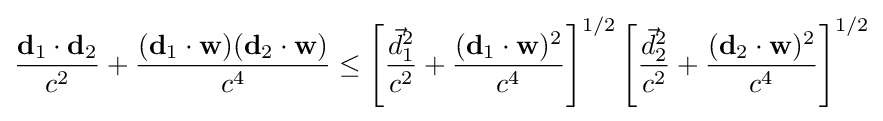
{\frac {\mathbf {d} _{1}\cdot \mathbf {d} _{2}}{c^{2}}}+{\frac {(\mathbf {d} _{1}\cdot \mathbf {w} )(\mathbf {d} _{2}\cdot \mathbf {w} )}{c^{4}}}\leq \left[{\frac {{\vec {d}}_{1}^{2}}{c^{2}}}+{\frac {(\mathbf {d} _{1}\cdot \mathbf {w} )^{2}}{c^{4}}}\right]^{1/2}\left[{\frac {{\vec {d}}_{2}^{2}}{c^{2}}}+{\frac {(\mathbf {d} _{2}\cdot \mathbf {w} )^{2}}{c^{4}}}\right]^{1/2}